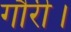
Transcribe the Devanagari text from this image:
गौरी।